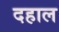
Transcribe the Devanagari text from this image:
दहाल